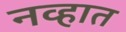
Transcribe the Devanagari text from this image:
नव्हात